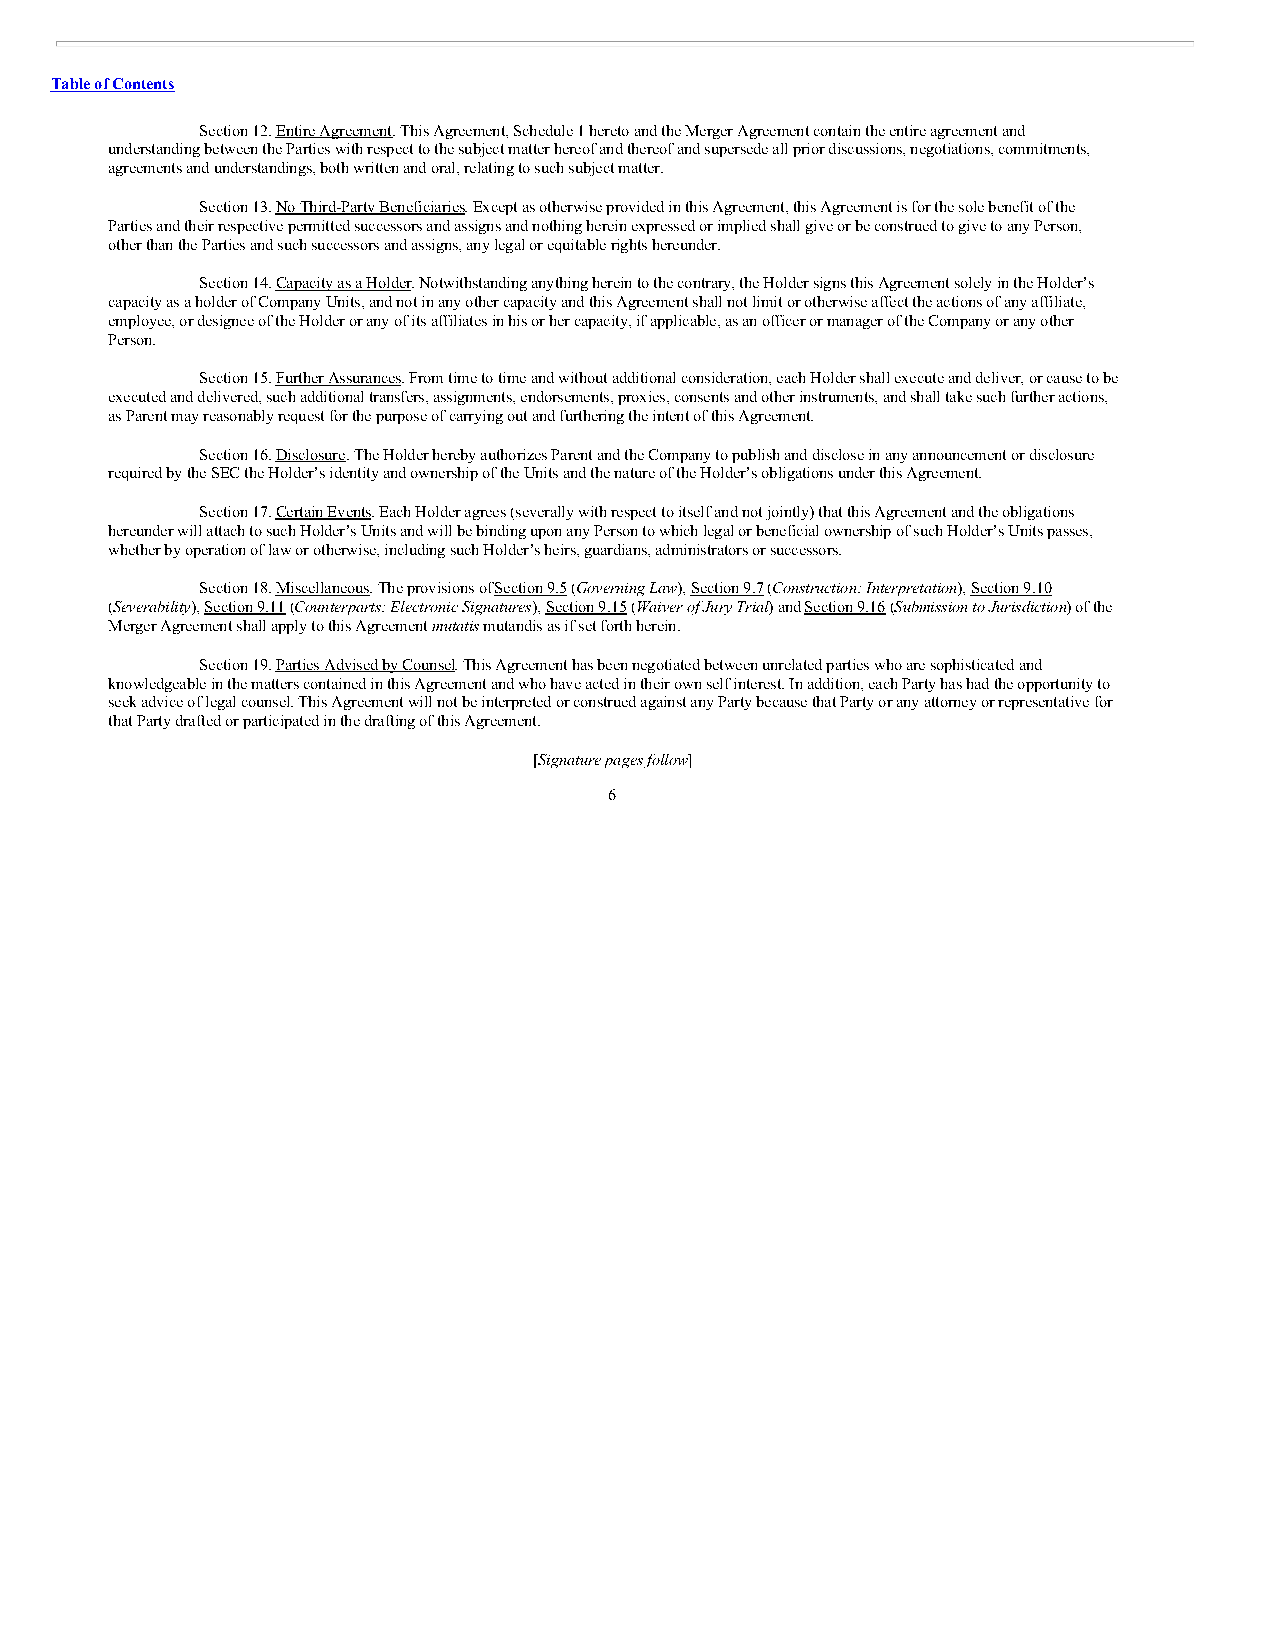
Table of Contents
 Section 12. Entire Agreement. This Agreement, Schedule 1 hereto and the Merger Agreement contain the entire agreement and
 understanding between the Parties with respect to the subject matter hereof and thereof and supersede all prior discussions, negotiations, commitments,
 agreements and understandings, both written and oral, relating to such subject matter.
 Section 13. No Third-Party Beneficiaries. Except as otherwise provided in this Agreement, this Agreement is for the sole benefit of the
 Parties and their respective permitted successors and assigns and nothing herein expressed or implied shall give or be construed to give to any Person,
 other than the Parties and such successors and assigns, any legal or equitable rights hereunder.
 Section 14. Capacity as a Holder. Notwithstanding anything herein to the contrary, the Holder signs this Agreement solely in the Holder’s
 capacity as a holder of Company Units, and not in any other capacity and this Agreement shall not limit or otherwise affect the actions of any affiliate,
 employee, or designee of the Holder or any of its affiliates in his or her capacity, if applicable, as an officer or manager of the Company or any other
 Person.
 Section 15. Further Assurances. From time to time and without additional consideration, each Holder shall execute and deliver, or cause to be
 executed and delivered, such additional transfers, assignments, endorsements, proxies, consents and other instruments, and shall take such further actions,
 as Parent may reasonably request for the purpose of carrying out and furthering the intent of this Agreement.
 Section 16. Disclosure. The Holder hereby authorizes Parent and the Company to publish and disclose in any announcement or disclosure
 required by the SEC the Holder’s identity and ownership of the Units and the nature of the Holder’s obligations under this Agreement.
 Section 17. Certain Events. Each Holder agrees (severally with respect to itself and not jointly) that this Agreement and the obligations
 hereunder will attach to such Holder’s Units and will be binding upon any Person to which legal or beneficial ownership of such Holder’s Units passes,
 whether by operation of law or otherwise, including such Holder’s heirs, guardians, administrators or successors.
 Section 18. Miscellaneous. The provisions of Section 9.5 (Governing Law), Section 9.7 (Construction; Interpretation), Section 9.10
 (Severability), Section 9.11 (Counterparts; Electronic Signatures), Section 9.15 (Waiver of Jury Trial) and Section 9.16 (Submission to Jurisdiction) of the
 Merger Agreement shall apply to this Agreement mutatis mutandis as if set forth herein.
 Section 19. Parties Advised by Counsel. This Agreement has been negotiated between unrelated parties who are sophisticated and
 knowledgeable in the matters contained in this Agreement and who have acted in their own self interest. In addition, each Party has had the opportunity to
 seek advice of legal counsel. This Agreement will not be interpreted or construed against any Party because that Party or any attorney or representative for
 that Party drafted or participated in the drafting of this Agreement.
 [Signature pages follow]
 6